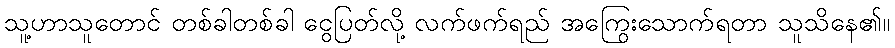
သူ့ဟာသူတောင် တစ်ခါတစ်ခါ ငွေပြတ်လို့ လက်ဖက်ရည် အကြွေးသောက်ရတာ သူသိနေ၏။